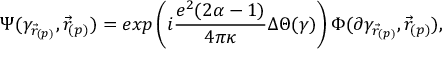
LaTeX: \Psi ( \gamma _ { \vec { r } _ { ( p ) } } , \vec { r } _ { ( p ) } ) = e x p \left( i \frac { e ^ { 2 } ( 2 \alpha - 1 ) } { 4 \pi \kappa } \Delta \Theta ( \gamma ) \right) \Phi ( \partial \gamma _ { \vec { r } _ { ( p ) } } , \vec { r } _ { ( p ) } ) ,